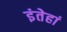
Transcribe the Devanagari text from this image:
इंतेहां